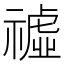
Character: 𥛳